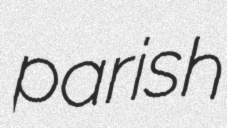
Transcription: parish